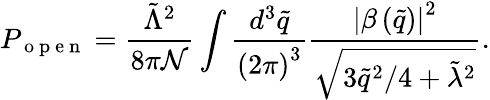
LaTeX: P_{\mathrm{~o~p~e~n~}}=\frac{\tilde{\Lambda}^{2}}{8\pi\mathcal{N}}\int\frac{d^{3}\tilde{q}}{\left(2\pi\right)^{3}}\frac{\left|\beta\left(\tilde{q}\right)\right|^{2}}{\sqrt{3\tilde{q}^{2}/4+\tilde{\lambda}^{2}}}.